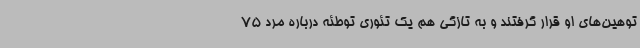
توهین‌های او قرار گرفتند و به تازگی هم یک تئوری توطئه درباره مرد 75